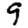
Digit: 9